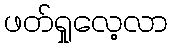
ဖတ်ရှုလေ့လာ